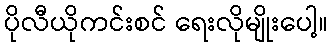
ပိုလီယိုကင်းစင် ရေးလိုမျိုးပေါ့။